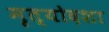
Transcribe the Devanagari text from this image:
मृत्योदशा